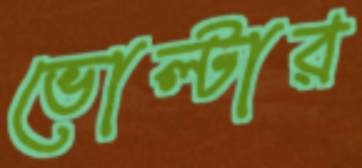
ভোল্টার